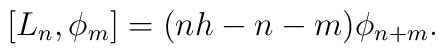
[L_n, \phi_m] = (nh - n - m) \phi_{n + m}.